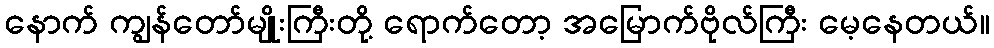
နောက် ကျွန်တော်မျိုးကြီးတို့ ရောက်တော့ အမြောက်ဗိုလ်ကြီး မေ့နေတယ်။